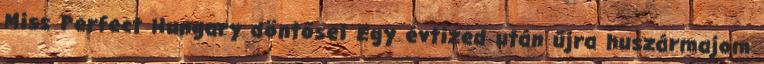
Miss Perfect Hungary döntősei Egy évtized után újra huszármajom